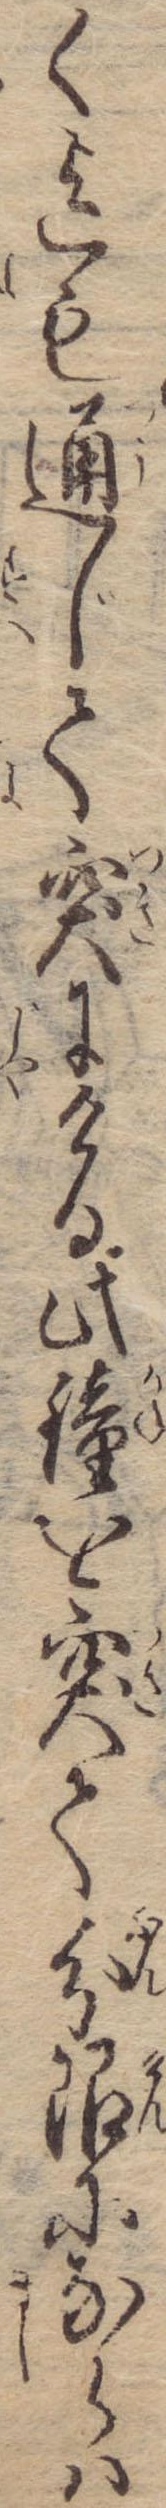
く迄も通じて突にける此鐘を突て分限にならは